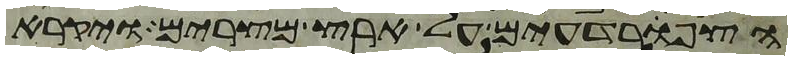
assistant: הצפרדעים על ארץ מצרים ויקרא